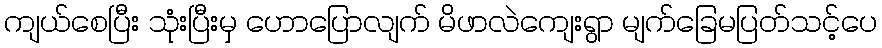
ကျယ်စေပြီး သုံးပြီးမှ ဟောပြောလျက် မိဖာလဲကျေးရွာ မျက်ခြေမပြတ်သင့်ပေ